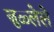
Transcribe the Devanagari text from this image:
जुळ्लेले